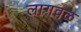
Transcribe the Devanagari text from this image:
लागवळ